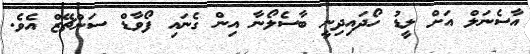
އާސެނަލް އަށް ލީޑު ހޯދައިދިނީ ބާސެލޯނާ އިން ގެނައި ފޯވާޑް ސަންޗޭޒް އެވެ.